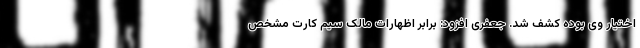
اختیار وی بوده کشف شد. جعفری افزود: برابر اظهارات مالک سیم کارت مشخص